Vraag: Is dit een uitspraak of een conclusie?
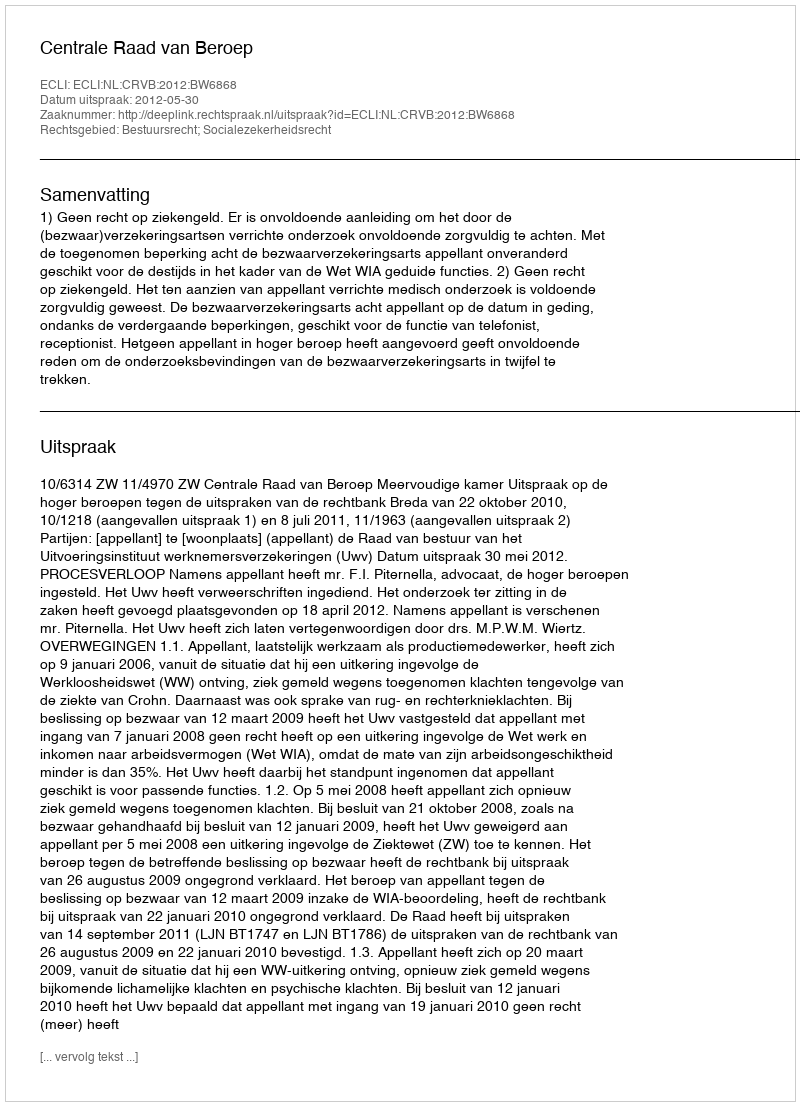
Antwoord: Uitspraak